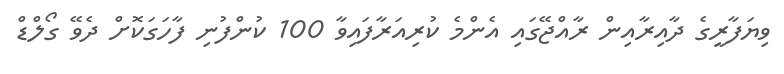
ވިޔަފާރީގެ ދާއިރާއިން ރާއްޖޭގައި އެންމެ ކުރިއަރާފައިވާ 100 ކުންފުނި ފާހަގަކޮށް ދެވޭ ގޯލްޑް